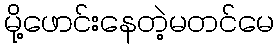
မို့ဖောင်းနေတဲ့မတင်မေ